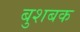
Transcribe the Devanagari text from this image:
बुशबक